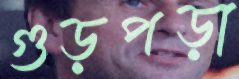
গুড়পড়া